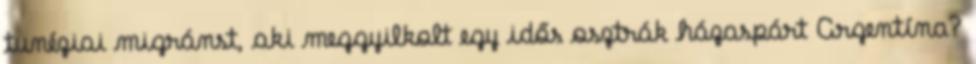
tunéziai migránst, aki meggyilkolt egy idős osztrák házaspárt Argentína?